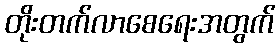
တိုးတက်လာစေရေးအတွက်